Insane asylums in Bengal annual reports 1867-1875 - 1867-1875
Year: 1867
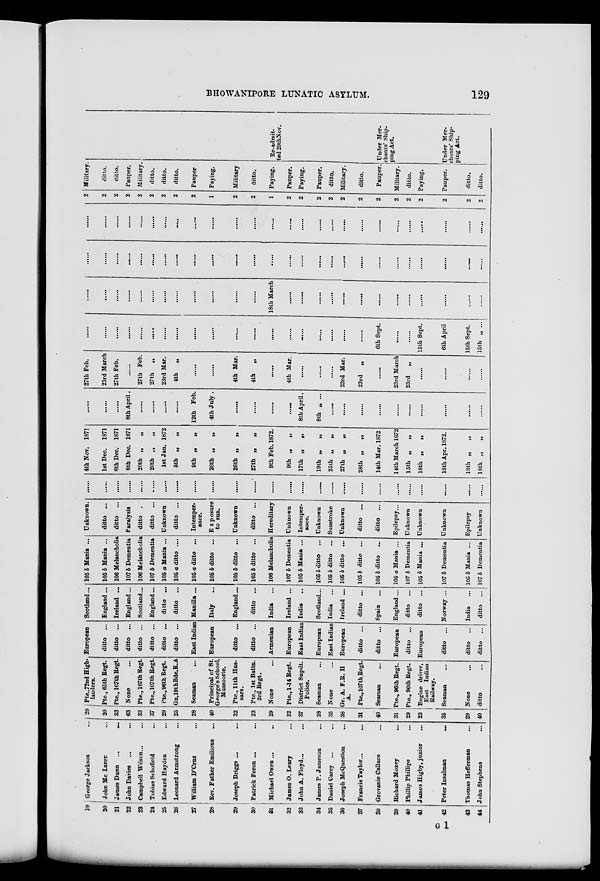
BHOWANIPORE LUNATIC ASYLUM.
129
19
20
21
22
23
24
25
26
27
28
29
30
31
32
33
34
35
36
37
38
39
40
41
42
43
44
George Jackson ...
John Mc Laren ...
James Dunn ...
...
John Davies ... ...
Campbell Wilson... ...
Tobias Schofield ...
Edward Hayden ...
Leonard Armstrong ...
William D'Cruz ... ...
Rev. Father Emilious ...
Joseph Briggs ...
...
Patrick Feron ... ...
Michael Owen ... ...
James O. Leary ...
John A. Floyd... ...
James P. Jameson ...
Daniel Carey ... ...
Joseph McQuestion ...
Francis Taylor ... ...
Grovanie Calluce ...
Richard Moxey ...
Phillip Phillips ...
James Higby, junior ...
Peter Insalman ...
Thomas Hefferman ...
John Stephens ...
29
20
33
63
33
37
29
25
28
40
32
23
29
22
37
28
35
38
31
40
31
29
23
35
29
40
Pte.,72nd High-
landers.
Pte., 65th Regt.
Pte., 107th Regt.
None ...
Pte., 107th Regt.
Pte., 107th Regt
Pte., 96th Regt.
Gn,19thBde.R.A
Seaman ...
Principal of St.
George's School,
Mussoorie.
Pte., 11th Hus-
sars.
Pte., 1st Battn.
3rd Regt.
None ...
Pte., 1-14 Regt.
District Supdt.
Police.
Seaman
...
None ...
Gr. A. F.R. H
A.
Pte., 107thRegt.
Seaman ...
Pte., 96th Regt.
Pte., 96th Regt.
Engine driver,
East Indian
Railway.
Seaman ...
None ...
ditto ...
European
ditto ...
ditto ...
ditto ...
ditto ...
ditto ...
ditto ...
ditto ...
East Indian
European
ditto ...
ditto ...
Armenian
European
East Indian
European
East Indian
European
ditto ...
ditto ...
European
ditto ...
European
ditto ...
ditto ...
ditto ...
Scotland ...
England ...
Ireland ...
England ...
Scotland...
England ...
ditto ...
ditto ...
Manilla ...
Italy ...
England ...
ditto ...
India ...
Ireland ...
India ...
Scotland ...
India ...
Ireland ...
ditto ...
Spain ...
England ...
ditto ...
ditto ...
Norway ...
India ...
ditto ...
105 b Mania ...
105 b Mania ...
106 Melancholia
107 b Dementia
106 Melancholia
107 b Dementia
105 a Mania ...
105 a ditto ....
105 a ditto ...
105 b ditto ...
105 b ditto ...
105 b ditto ...
106 Melancholia
107 b Dementia
105 b Mania ...
105 b ditto ...
105 b ditto ...
105 b ditto ...
105 b ditto ...
105 b ditto ...
105 a Mania ...
107 b Dementia
105 b Mania ...
107 b Dementia
105 b Mania ...
107 b Dementia
Unknown.
ditto ...
ditto ...
Paralysis
ditto ...
ditto ...
Unknown
ditto ...
Intemper-
ance.
Exposure
to sun.
Unknown
ditto ...
Hereditary
Unknown
Intemper-
ance.
Unknown
Sunstroke
Unknown
ditto ...
ditto ...
Epilepsy...
Unknown
Unknown
Unknown
Epilepsy
Unknown
......
......
......
......
......
......
......
......
......
......
......
......
......
......
......
......
......
......
......
......
......
......
......
......
......
......
4th Nov. 1871
1st Dee. 1871
6th Dec. 1871
8th Dec. 1871
20th „
„
20th „
„
1st Jan. 1872
5th „
„
9th „
„
20th „
„
26th „
„
27th „
„
9th Feb. 1872.
9th „
„
17th „
„
19th „
„
25th „
„
27th „
„
28th „
„
14th Mar. 1872
14th March 1872
15th „
„
18th „
„
18th Apr. 1872.
18th „
„
18th „
„
......
......
......
8th April.
......
......
......
......
12th Feb.
4th July .
......
......
......
......
8th April.
8th „ ...
......
......
......
......
......
......
......
......
......
27th Feb.
23rd March
27th Feb.
......
27th Feb.
27th
„
23rd Mar.
4th
„
......
......
4th Mar.
4th
„
......
4th Mar.
......
......
......
23rd Mar.
23rd
„
......
23rd March
23rd
„
......
......
......
......
......
......
......
......
......
......
......
......
......
......
......
......
......
......
......
......
......
......
6th Sept.
......
......
15th Sept.
6th April
15th Sept.
15th „ ...
......
......
......
......
......
......
......
......
......
......
......
......
18th March
......
......
......
......
......
......
......
......
......
......
......
......
......
......
......
......
......
......
......
......
......
......
......
......
......
......
......
......
......
......
......
......
......
......
......
......
......
......
......
......
......
......
......
......
......
......
.....
......
......
......
......
......
......
......
......
......
......
......
......
......
......
......
......
......
2
2
2
2
2
2
2
2
2
1
2
2
1
2
2
2
2
2
2
2
2
2
2
2
2
2
Military.
ditto.
ditto.
Pauper.
Military.
ditto.
ditto.
ditto.
Pauper
Paying.
Military
ditto.
Paying.
Pauper.
Paying.
Pauper.
ditto.
Military.
ditto.
Pauper.
Military.
ditto.
Paying.
Pauper.
ditto.
ditto.
Re-admit-
ted 29thNov.
Under Mer-
chants' Ship-
ping Act.
[Under Mer-
chants' Ship-
ping Act.
G 1